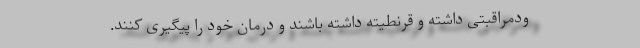
ودمراقبتی داشته و قرنطیته داشته باشند و درمان خود را پیگیری کنند.